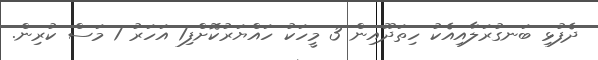
ދެފުޅި ބަނގުރަލާއިއެކު ހިތަދޫއިން 3 މީހަކު ހައްޔަރުކޮށްފި1 އަހަރު 1 މަސް ކުރިން.